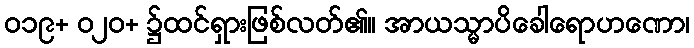
၀၁၉+ ၀၂၀+ ၌ထင်ရှားဖြစ်လတ်၏။ အာယသ္မာပိခေါရောဟဏော၊